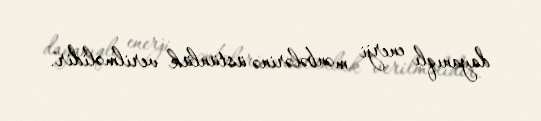
dayanıqlı enerji mənbələrinə üstünlük verilməlidir.